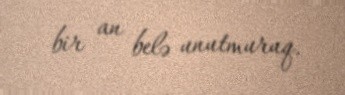
bir an belə unutmuruq.